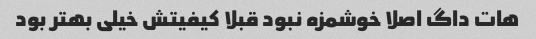
هات داگ اصلا خوشمزه نبود قبلا کیفیتش خیلی بهتر بود